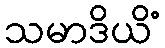
သမာဒိယိံ